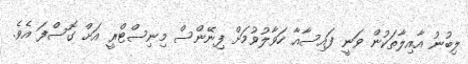
ލިބުނު އާއިލާތަކުން ވަނީ ފައިސާއާ ހަވާލުވުމަށް ފިނޭންސް މިނިސްޓްރީ އަށް ގޮސްފަ އެވެ.